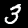
Label: 3